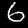
Label: 6